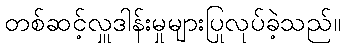
တစ်ဆင့်လှူဒါန်းမှုများပြုလုပ်ခဲ့သည်။